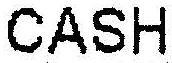
CASH